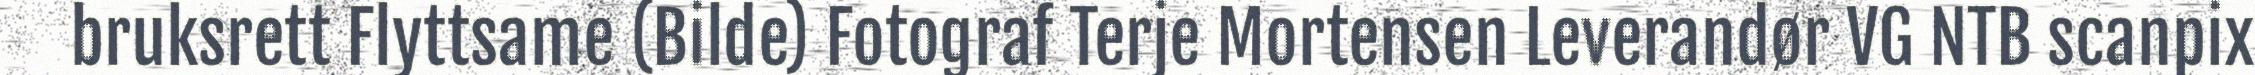
bruksrett Flyttsame (Bilde) Fotograf Terje Mortensen Leverandør VG NTB scanpix